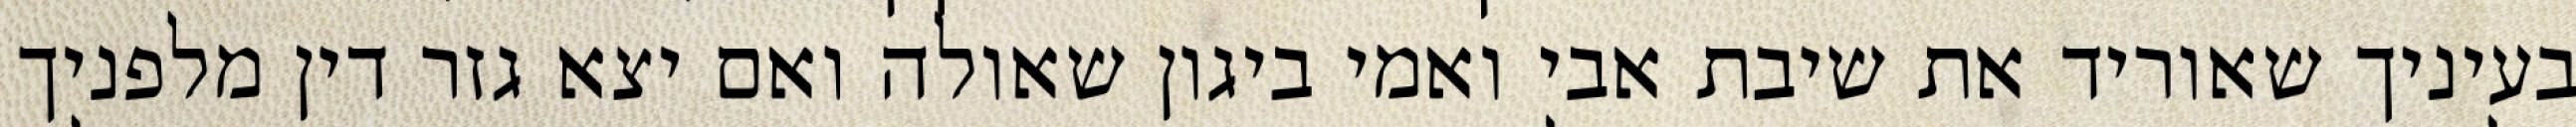
בעיניך שאוריד את שיבת אבי ואמי ביגון שאולה ואם יצא גזר דין מלפניך